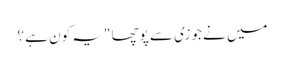
میں نے جوزی سے پوچھا "یہ کون ہے ؟